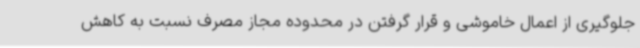
جلوگیری از اعمال خاموشی و قرار گرفتن در محدوده مجاز مصرف نسبت به کاهش